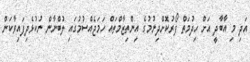
އަދި މި އާބާދީ އަށް ހިދުމަތް ފޯރުކޮށްދިނުމުގެ އިންތިޒާމްތައް ހަމަޖެއްސުމުގައި ލުބްނާން ނުކުޅެދިފައިވާކަން